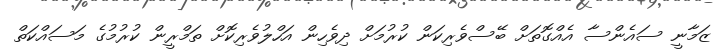
ޒަމާނީ ސައެންސާ އެއްގޮތަށް ބޭސްވެރިކަން ކުރުމަށް ދިވެހިން އަހްލުވެރިކޮށް ތަމްރީން ކުރުމުގެ މަސައްކަތް